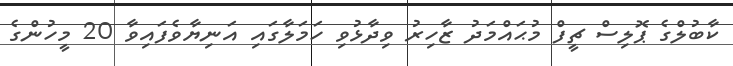
ކާބުލްގެ ޕޮލިސް ޗީފް މުޙައްމަދު ޒާހިރު ވިދާޅުވި ހަމަލާގައި އަނިޔާވެފައިވާ 20 މީހުންގެ